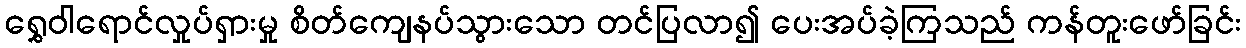
ရွှေဝါရောင်လှုပ်ရှားမှု စိတ်ကျေနပ်သွားသော တင်ပြလာ၍ ပေးအပ်ခဲ့ကြသည် ကန်တူးဖော်ခြင်း